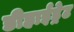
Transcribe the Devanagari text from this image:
डीहाईड्रेट